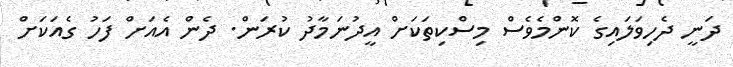
ދަނީ ދެހިވަލައިގެ ކޮންމެވެސް މިސްކިތަކަށް އީދުނަމާދު ކުރަން. ދެން އެއަށް ފަހު ގެއަކަށް